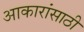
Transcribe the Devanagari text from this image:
आकारांसाठी